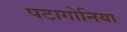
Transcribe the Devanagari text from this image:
पटागोनिया